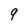
Character: 9